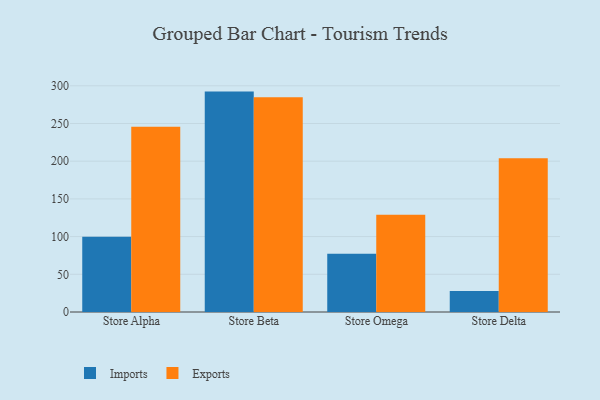
{"axis": {"x": "Store", "y": "Tickets Resolved"}, "legend": ["Exports", "Imports"], "data": [{"x": "Store Alpha", "y": 99.9, "type": "Imports"}, {"x": "Store Alpha", "y": 245.8, "type": "Exports"}, {"x": "Store Beta", "y": 292.3, "type": "Imports"}, {"x": "Store Beta", "y": 284.9, "type": "Exports"}, {"x": "Store Omega", "y": 77.4, "type": "Imports"}, {"x": "Store Omega", "y": 129.1, "type": "Exports"}, {"x": "Store Delta", "y": 27.7, "type": "Imports"}, {"x": "Store Delta", "y": 204.0, "type": "Exports"}]}